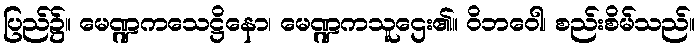
ပြည်၌။ မေဏ္ဍကသေဋ္ဌိနော၊ မေဏ္ဍကသူဌေး၏။ ဝိဘဝေါ၊ စည်းစိမ်သည်။